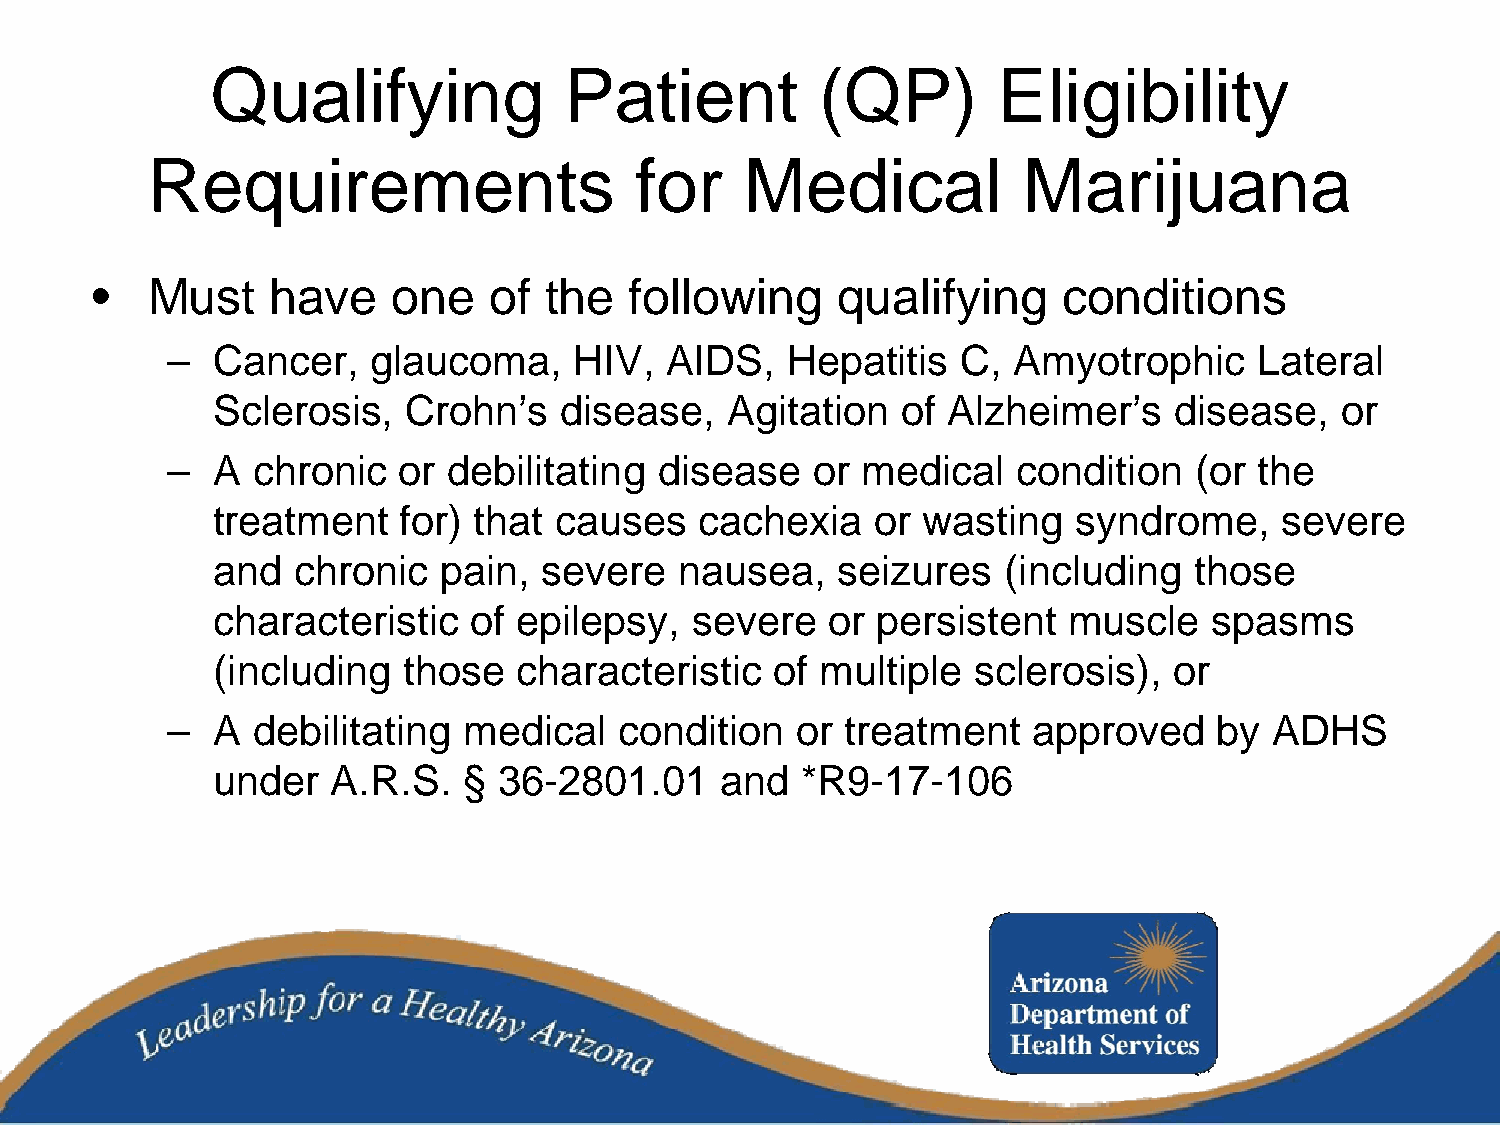
Qualifying             Patient          (QP)        Eligibility
 Requirements                    for    Medical            Marijuana
 •   Must    have    one   of  the   following    qualifying     conditions
 –  Cancer,    glaucoma,    HIV,  AIDS,   Hepatitis   C, Amyotrophic     Lateral
 Sclerosis,   Crohn’s   disease,   Agitation   of Alzheimer’s    disease,   or
 –  A  chronic  or  debilitating disease    or medical   condition   (or the
 treatment   for) that  causes   cachexia    or wasting   syndrome,     severe
 and  chronic   pain,  severe   nausea,   seizures   (including   those
 characteristic   of epilepsy,   severe   or persistent   muscle   spasms
 (including   those  characteristic   of multiple  sclerosis),   or
 –  A  debilitating  medical   condition   or treatment   approved     by ADHS
 under   A.R.S.   § 36-2801.01     and  *R9-17-106